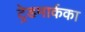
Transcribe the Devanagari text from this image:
ट्रेडमार्कका